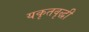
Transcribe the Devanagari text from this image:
यकृतवृद्धी